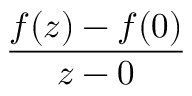
\frac { f ( z ) - f ( 0 ) } { z - 0 }